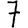
Digit: 7